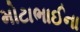
મોટાભાઈના